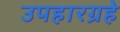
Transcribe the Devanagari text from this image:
उपहारग्रहे